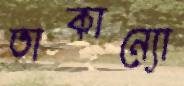
তাকান্যো